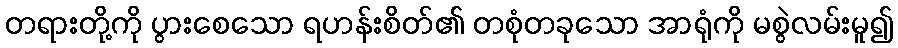
တရားတို့ကို ပွားစေသော ရဟန်းစိတ်၏ တစုံတခုသော အာရုံကို မစွဲလမ်းမူ၍